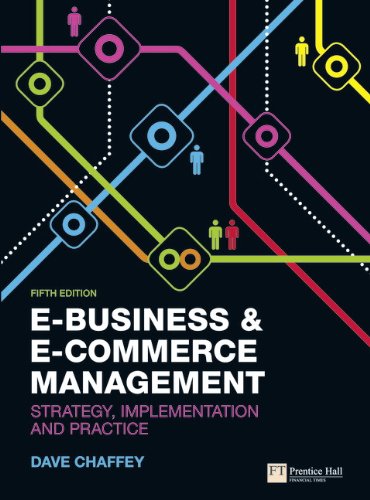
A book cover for E-Business and E-Commerce Management: Strategy, Implementation and Practice (5th Edition); Dave Chaffey; Computers & Technology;